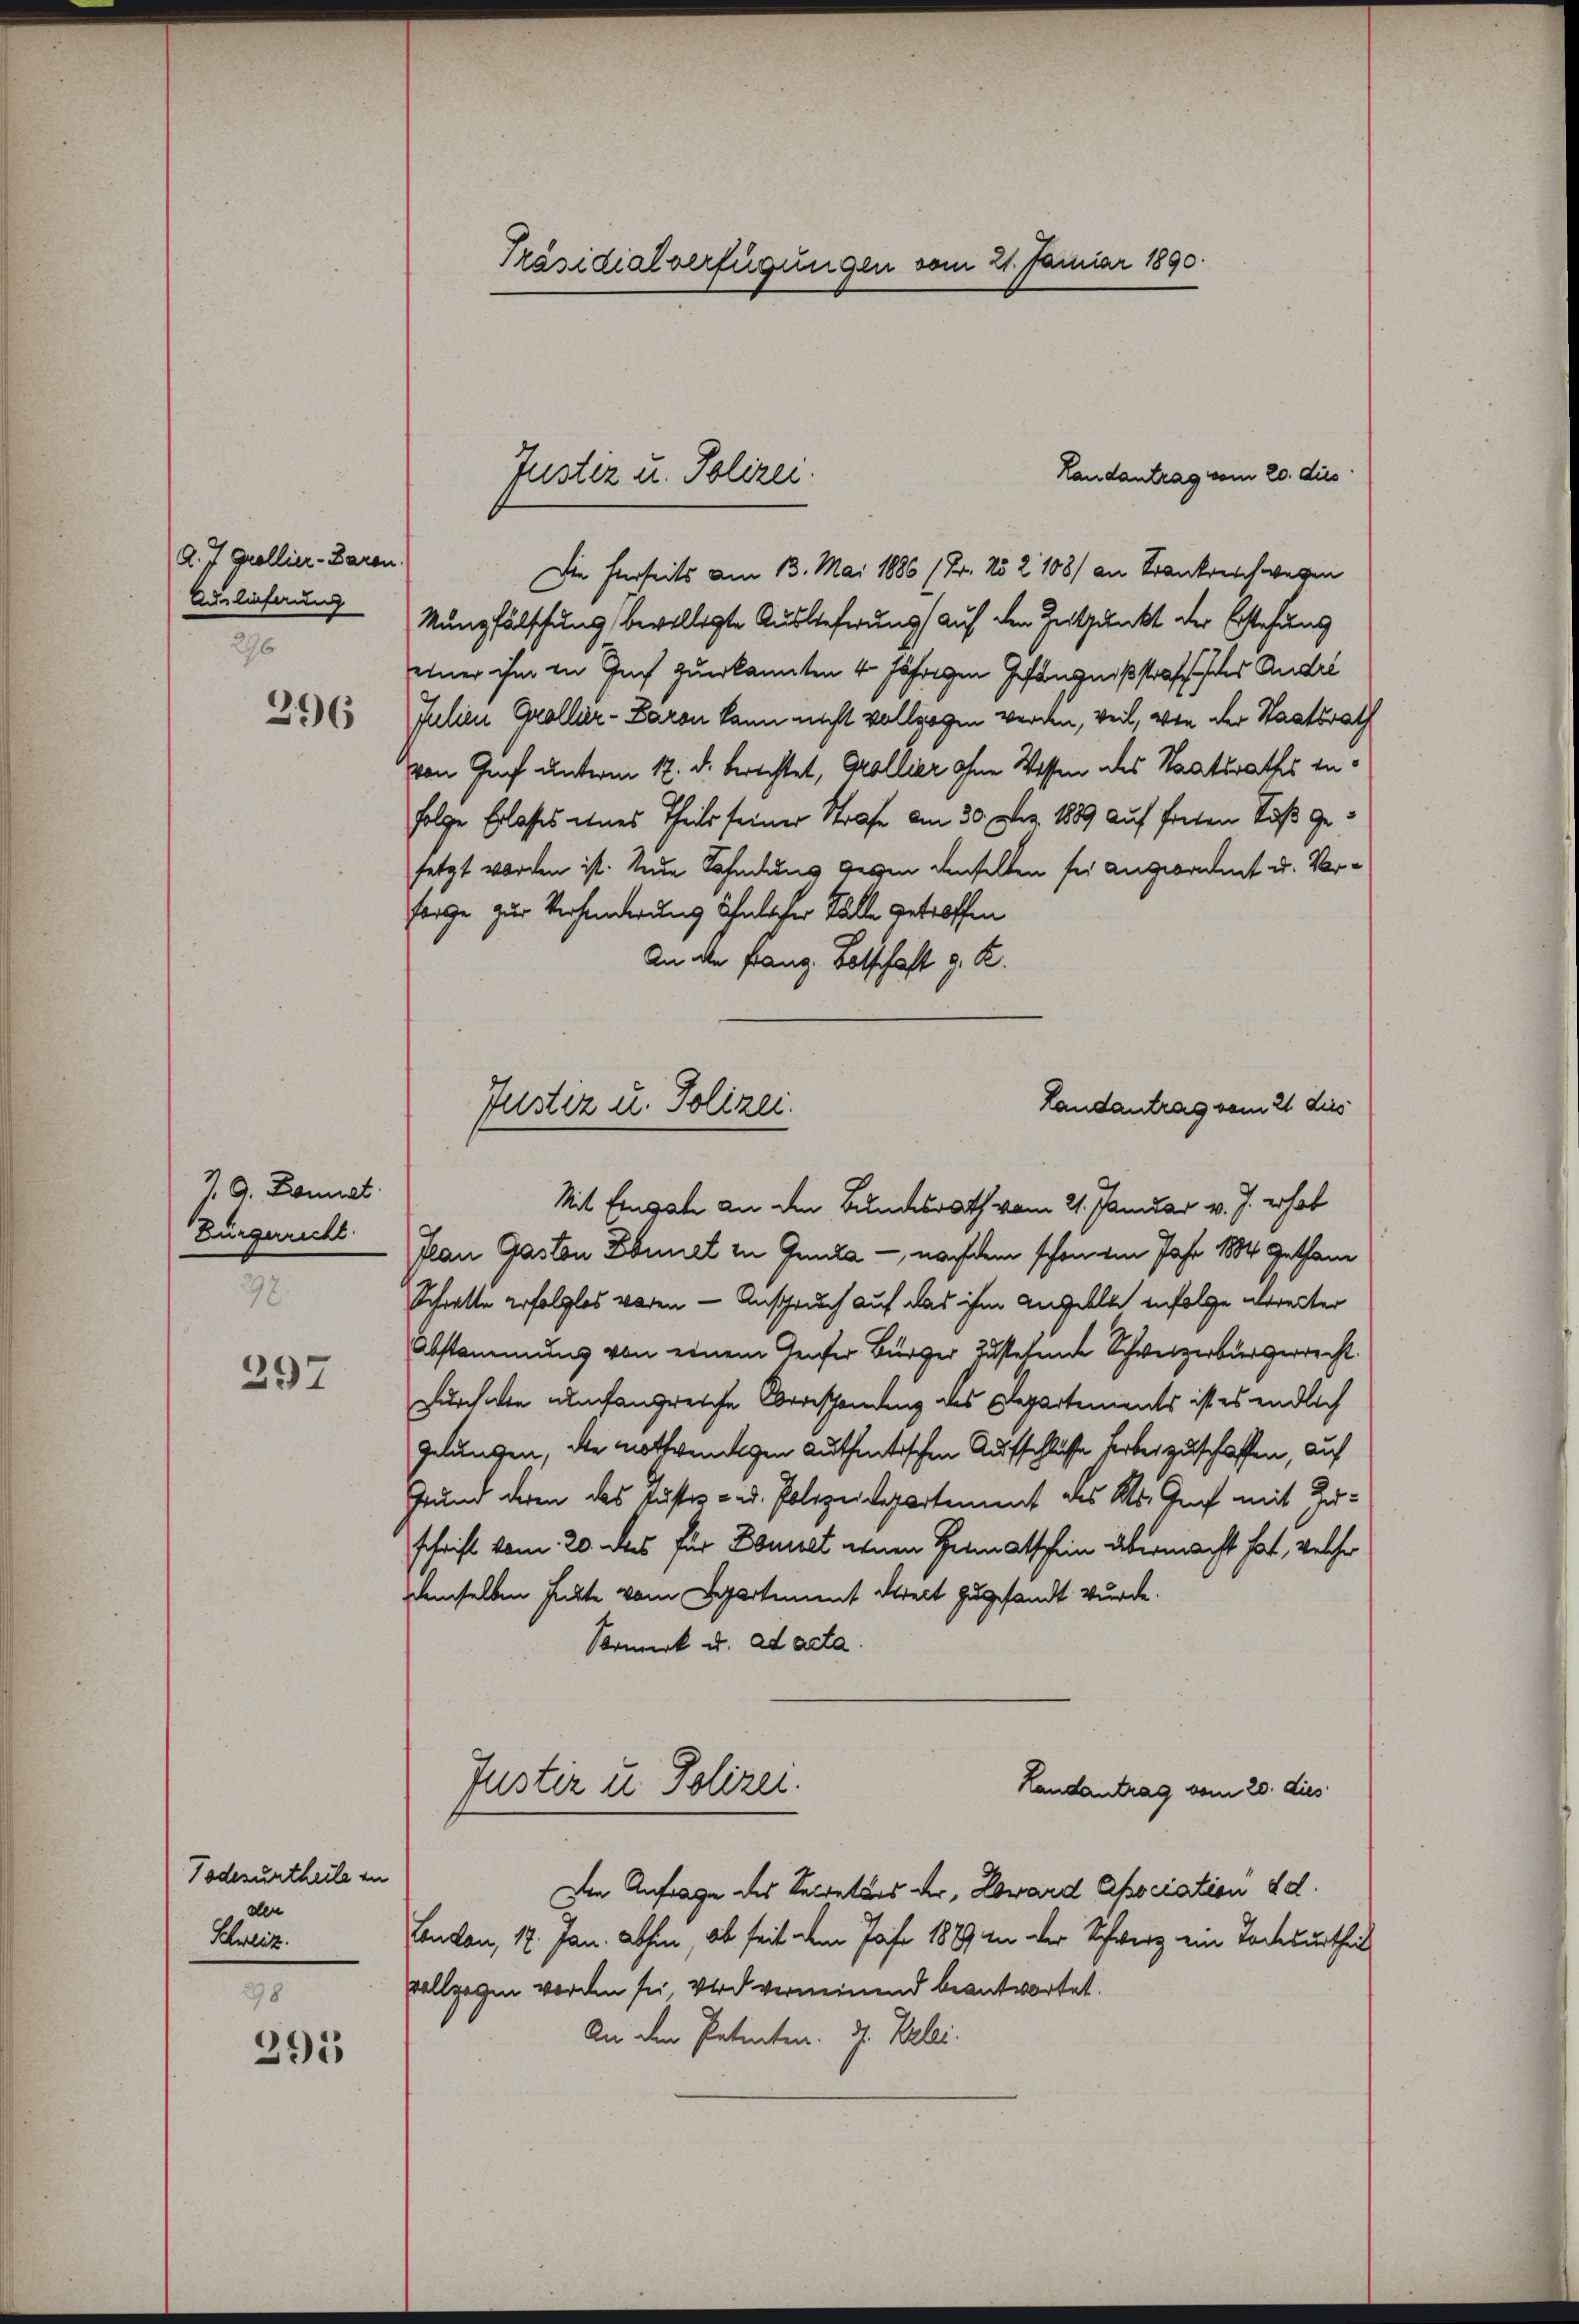
d. J. Grollier-Baron.
Auslieferung
296

396

J. G. Bonnat.
Zurgericht.
28.

297

Todesurtheile in
den
Schweiz.
298

291

Präsidialverfügungen vom 21. Januar 1890.

Landantrag vom 20. dies
Die hierseits am 13. Mai 1886 (Fr. No 2108/ an Krankreich wegen
Munpfälschung, bevollegte Auslieferung auf den Zeitpunkt der Erstehung
einer ihm in Tuch zuerkannten 4 jährigen Gefängnißstrafe des Andri
Julien Grollier- Baron kann nicht vollzogen werden, weil, von der Staatsrath
von Genf unterm 12. d. berechtet, Grollier ohne Wissen des Staatsrathes zufolge Erlasses eines Theils seiner Strafe am 30. Dez. 1889 auf freien Töß gesetzt worden ist. Nun Fahndung gegen denselben sei angeordnet u. Vorfrage zur Verhanderung ähnlicher Fälle getroffen
An die Franz Botschaft z. R.
Mit Eingati an den Bundesrath vom 21. Januar v. J. erhob
Plan Gaston Ebinet in Genda - nachdem schönem Jahr 1884 gethan
Schratte erfolglos waren - Anspruch auf das ihm angebla infolge ereiter
Abstammung von einem Teufer Bürger zustehende Schweizerbürgerrecht.
Durchalte umfangreiche Oberschendung des Departements ist es endlich
gelungen, die nothwendigen authentischen Aufschlüsse herber zuschaffen, auf
Grund deren das Justiz- u. Polizeidepartement des Kts. Graf mit Zuschrift vom 20. Das für Donnet einen Heimatschein übermacht hat, welcher
demselben hatte vom Separtement Streit zugesandt wurde.
Vormerk u. ad acta.
Justiz u. Polizei.
Landantrag vom 20. dies
Den Anfrage des Secretärs der, Loward Apociation dd.
Condon, 17. Jan. abhin, ob seit dem Jahr 1889 in der Schwerz ein Todesurtheil
vollgegen worden sei, Wird verneinend beantwortet.
An den Patenten. J. Belei.

Juster u. Polizei.

Landantrag vom 21. dies
Justiz u. Polizei.